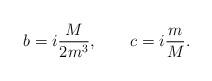
LaTeX: \begin{align*}b = i \frac{M}{2 m^3}, \,\,\,\,\,\,\,\,\,\,\,\, c = i \frac{m}{M}.\end{align*}